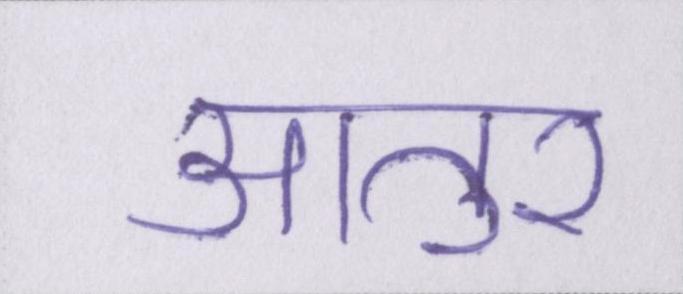
आतुर